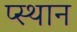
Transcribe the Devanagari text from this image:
प्स्थान